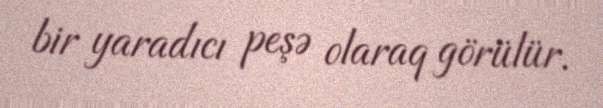
bir yaradıcı peşə olaraq görülür.